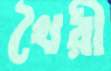
খৈরী